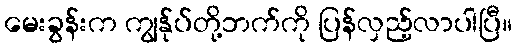
မေးခွန်းက ကျွန်ုပ်တို့ဘက်ကို ပြန်လှည့်လာပါပြီ။